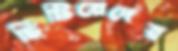
ছিটিয়েদেয়